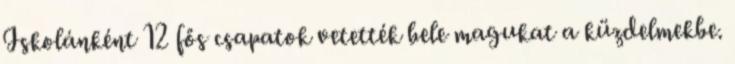
Iskolánként 12 fős csapatok vetették bele magukat a küzdelmekbe.